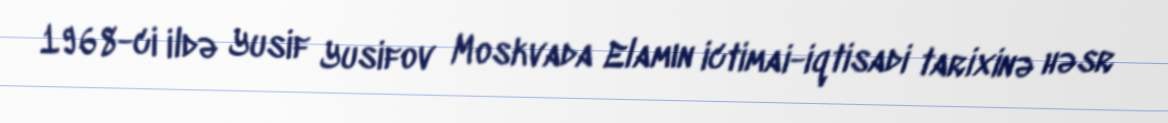
1968-ci ildə Yusif Yusifov Moskvada Elamın ictimai-iqtisadi tarixinə həsr